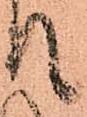
て